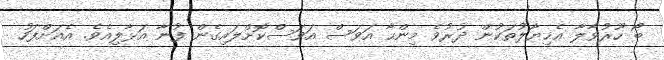
ބޯ ހޫރުވާލާ އެޚިޔާލުތަކުން ދުރުވެ މިންހާ އަވަސް އަވަސްކޮށްލައިގެން ފުނާ އަޅާލިއެވެ. އެއަށްފަހު